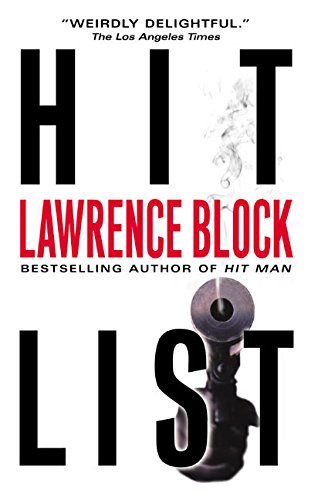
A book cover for Hit List (Keller Series); Lawrence Block; Literature & Fiction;